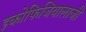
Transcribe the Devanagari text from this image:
इकोफिजियालाजी